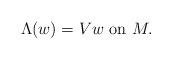
LaTeX: \begin{align*}\Lambda(w)= Vw \mbox{ on } M.\end{align*}